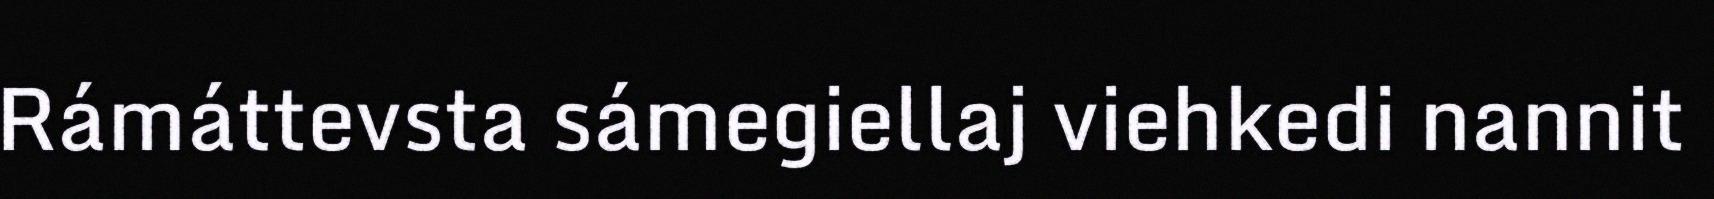
Rámáttevsta sámegiellaj viehkedi nannit